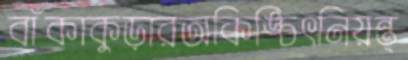
বাঁকাকুড়ারঅকিঙ্চিৎনিয়ন্ত্